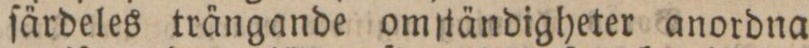
ſärdeles trängande omſtändigheter anordna